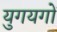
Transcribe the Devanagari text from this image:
युगयगों